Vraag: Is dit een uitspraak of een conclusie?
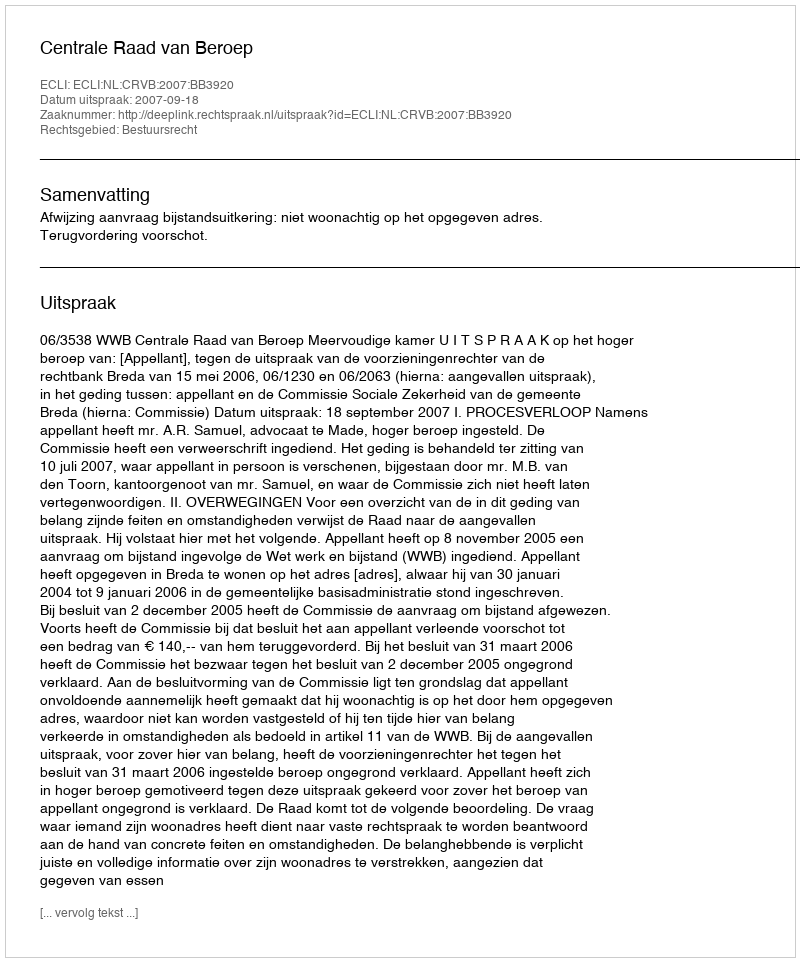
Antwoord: Uitspraak